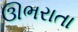
ઊભરાતા